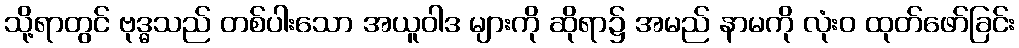
သို့ရာတွင် ဗုဒ္ဓသည် တစ်ပါးသော အယူဝါဒ များကို ဆိုရာ၌ အမည် နာမကို လုံးဝ ထုတ်ဖော်ခြင်း